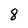
Character: 8